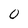
Character: 0